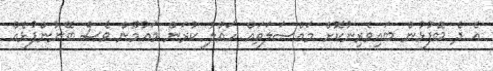
އެ ދެ ބޭފުޅުން ބައިވެރިނުކޮށް މައްސަލަތައް ހައްލު ކުރަން މައުމޫން ވެސް ބޭނުންފުޅެއް